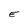
Character: E